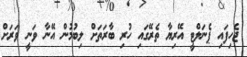
ޖެހިފައި ޕެނަލްޓީ އޭރިޔާ ތެރޭގައި ހުރި ބާރަތަށް ލިބުމުން އޭނާ ވަނީ ވަރަށް